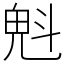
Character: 𣁽